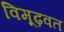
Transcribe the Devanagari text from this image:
विमूढ़वत